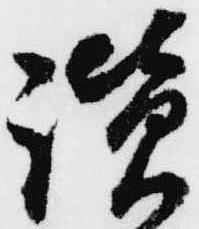
讃